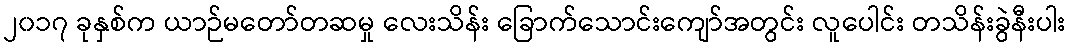
၂၀၁၇ ခုနှစ်က ယာဉ်မတော်တဆမှု လေးသိန်း ခြောက်သောင်းကျော်အတွင်း လူပေါင်း တသိန်းခွဲနီးပါး